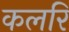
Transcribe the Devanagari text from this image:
कलरि